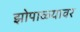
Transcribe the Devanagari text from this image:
झोपाळ्यावर